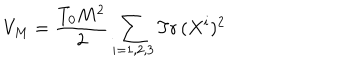
LaTeX: V _ { M } = \frac { T _ { 0 } M ^ { 2 } } { 2 } \sum _ { i = 1 , 2 , 3 } \mathrm { T r } \, ( X ^ { i } ) ^ { 2 }